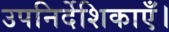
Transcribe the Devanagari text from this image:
उपनिर्देशिकाएँ।